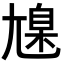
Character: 𡰆